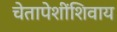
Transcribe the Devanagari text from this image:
चेतापेशींशिवाय